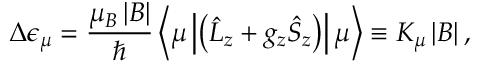
\Delta \epsilon _ { \mu } = \frac { \mu _ { B } \left| \boldsymbol B \right| } { \hbar } \left< \mu \left| \left( \hat { L } _ { z } + g _ { z } \hat { S } _ { z } \right) \right| \mu \right> \equiv K _ { \mu } \left| \boldsymbol B \right| ,